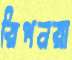
রিপনরা